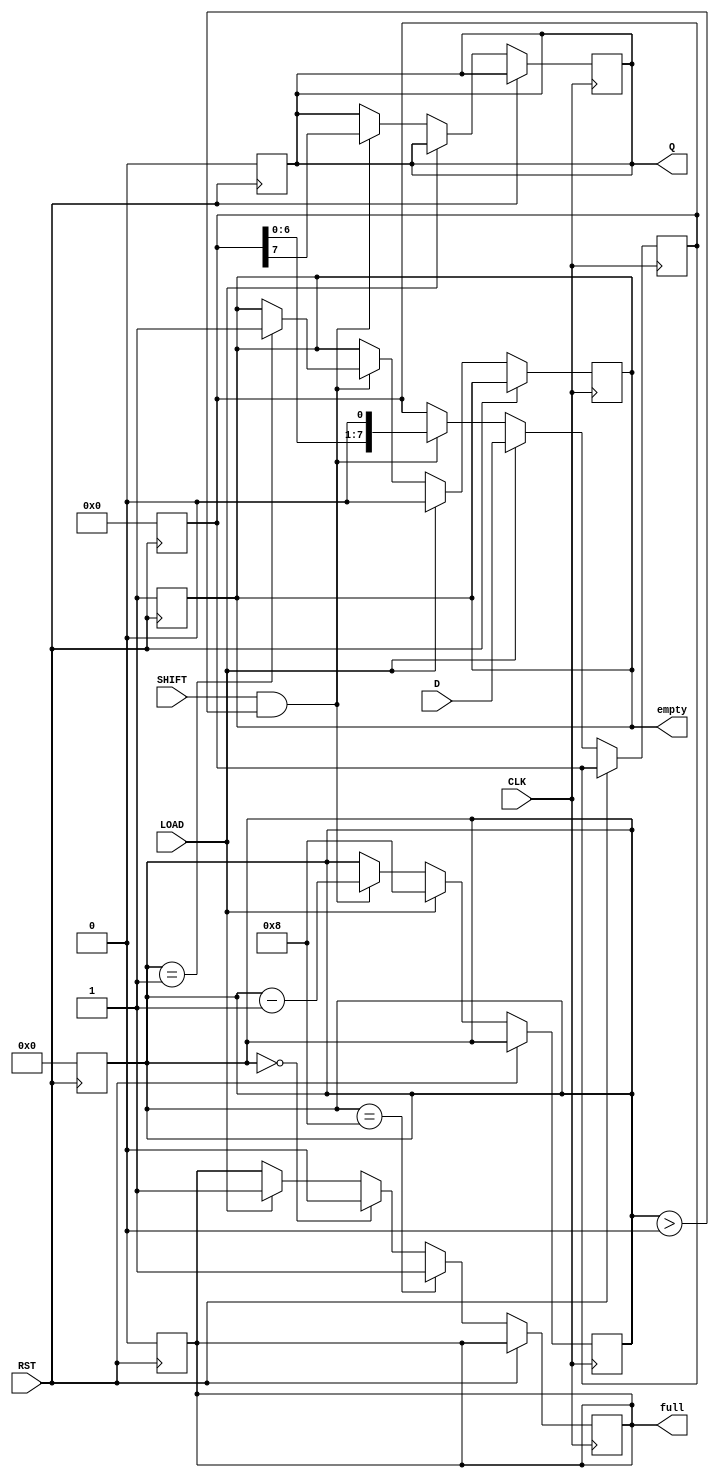
module PISO_Register #(
    parameter n = 8 // Parameter for the width of the data input
)(
    input  wire [n-1:0] D,      // Parallel data input
    input  wire SHIFT,           // Shift control signal
    input  wire LOAD,            // Load control signal
    input  wire CLK,             // Clock signal
    input  wire RST,             // Asynchronous reset signal
    output reg  Q,               // Serial output
    output reg  full,            // Full indicator
    output reg  empty            // Empty indicator
);

    reg [n-1:0] shift_reg;       // Internal shift register
    reg [3:0] count;             // Counter for the number of bits shifted out

    // Asynchronous reset
    always @(posedge RST) begin
        shift_reg <= 0;
        Q <= 0;
        full <= 0;
        empty <= 1;
        count <= 0;
    end

    // Main operation
    always @(posedge CLK) begin
        if (RST) begin
            // Reset state handled above
        end else begin
            // Load data into the shift register
            if (LOAD) begin
                shift_reg <= D; // Load data
                full <= 1;      // Register is now full
                empty <= 0;     // Register is not empty
                count <= n;     // Set count to the width of the register
            end else if (SHIFT && count > 0) begin
                // Shift data out
                Q <= shift_reg[n-1]; // Output the MSB
                shift_reg <= {shift_reg[n-2:0], 1'b0}; // Shift left
                count <= count - 1;  // Decrement the count
                if (count == 1) begin
                    empty <= 1; // Register is empty after last shift
                end
            end
            // Update full flag
            if (count == n) begin
                full <= 1; // Full if count equals n
            end else if (count == 0) begin
                full <= 0; // Not full if count is 0
            end
        end
    end

endmodule